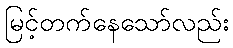
မြင့်တက်နေသော်လည်း